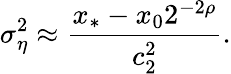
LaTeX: \sigma_{\eta}^{2}\approx\frac{x_{*}-x_{0}2^{-2\rho}}{c_{2}^{2}}.